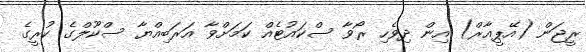
ރީޖަން (އޭޕީއާރް) އިން ދިވެހި ރޯވާ ސްކައުޓެއް ކަމަށްވާ އަރަބިއްޔާ ސްކޫލްގެ ކުރީގެ